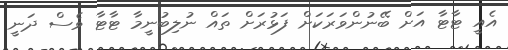
އެއީ ޓާޓާ އަށް ބޭނުންވަރަކަށް ފަޅުރަށް ތައް ނުލިބުނީމާ ޓާޓާ ވެސް ދަނީ